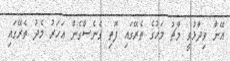
އޭނާ ވިދާޅުވީ މާޗު މަހުގެ ތެރޭގައި ފޮތި ގެނެސްގެން އަހަރު މެދު ތެރޭގައި